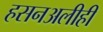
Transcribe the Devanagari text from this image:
हसनअलीही